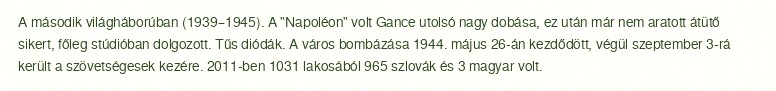
A második világháborúban (1939–1945). A "Napoléon" volt Gance utolsó nagy dobása, ez után már nem aratott átütő sikert, főleg stúdióban dolgozott. Tűs diódák. A város bombázása 1944. május 26-án kezdődött, végül szeptember 3-rá került a szövetségesek kezére. 2011-ben 1031 lakosából 965 szlovák és 3 magyar volt.